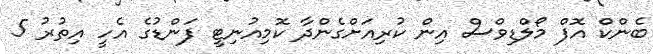
ބެންކް އޮފް މޯލްޑިވްސް އިން ކުރިއަށްގެންދާ ކޮމިއުނިޓީ ފަންޑުގެ އެހީ އިތުރު 5